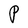
Character: P